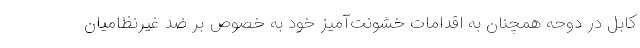
کابل در دوحه همچنان به اقدامات خشونت‌آمیز خود به خصوص بر ضد غیرنظامیان